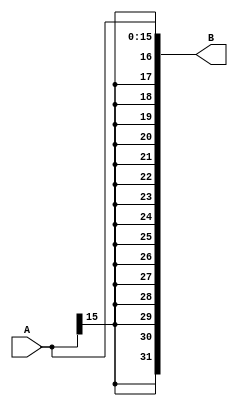
module SignExtend(A,B);
	input[15:0] A;
	output [31:0] B;
	assign B = { {16{A[15]}},A } ;
endmodule